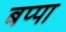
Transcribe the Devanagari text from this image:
बप्‍पा